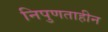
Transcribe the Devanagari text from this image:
निपुणताहीन